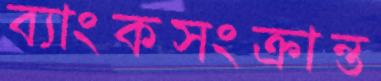
ব্যাংকসংক্রান্ত